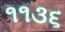
૧૧૩૬